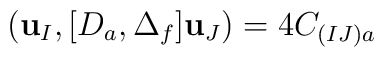
({\bf u}_I,[D_a,\Delta_f]{\bf u}_J)=4C_{(IJ)a}